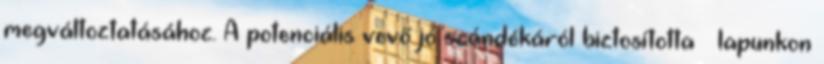
megváltoztatásához. A potenciális vevő jó szándékáról biztosította – lapunkon